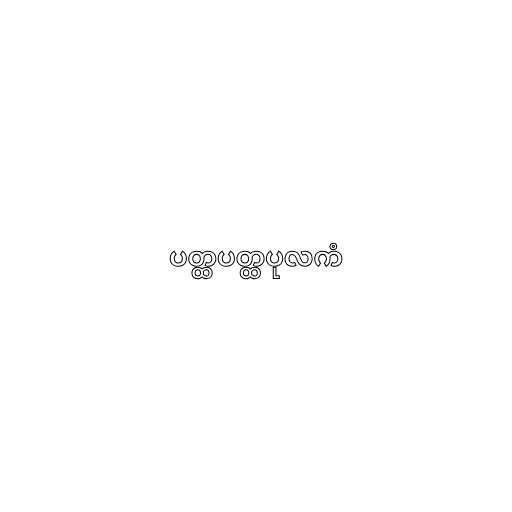
ပတ္ထပတ္ထပုလကံ